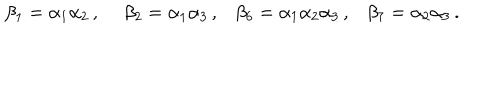
\begin{array} { l l l l } { { \beta _ { 1 } = \alpha _ { 1 } \alpha _ { 2 } \, , ~ } } & { { \beta _ { 2 } = \alpha _ { 1 } \alpha _ { 3 } \, , } } & { { \beta _ { 6 } = \alpha _ { 1 } \alpha _ { 2 } \alpha _ { 3 } \, , } } & { { \beta _ { 7 } = \alpha _ { 2 } \alpha _ { 3 } \, . } } \\ \end{array}